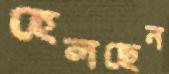
হেলছেন